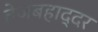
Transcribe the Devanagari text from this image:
तेजबहाद्दर